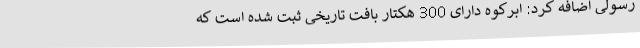
رسولی اضافه کرد: ابرکوه دارای 300 هکتار بافت تاریخی ثبت شده است که